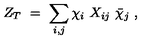
Z _ { T } \ = \ \sum _ { i , j } \chi _ { i } \ X _ { i j } \ \bar { \chi } _ { j } \ ,